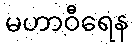
မဟာဝီရေန